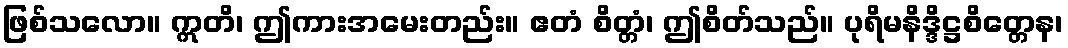
ဖြစ်သလော။ ဣတိ၊ ဤကားအမေးတည်း။ ဧတံ စိတ္တံ၊ ဤစိတ်သည်။ ပုရိမနိဒ္ဒိဋ္ဌစိတ္တေန၊